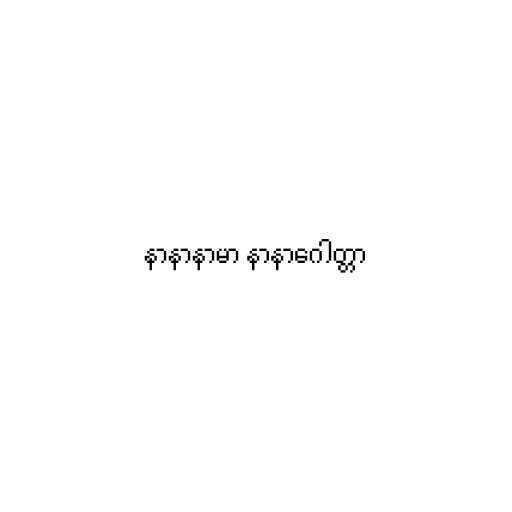
နာနာနာမာ နာနာဂေါတ္တာ